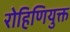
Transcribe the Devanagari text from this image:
रोहिणियुक्त